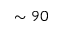
\sim 9 0